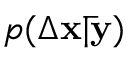
p ( \Delta \mathbf { x } | \mathbf { \bar { y } } )